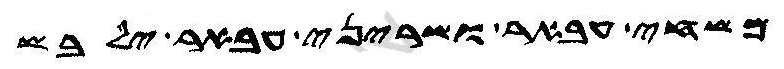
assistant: משחי עבאר ושריני עבאר ילבש